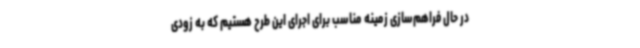
در حال فراهم‌سازی زمینه مناسب برای اجرای این طرح هستیم که به ‌زودی